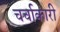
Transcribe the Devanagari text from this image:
चर्चाकारी